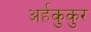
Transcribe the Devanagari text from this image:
अर्हकुकुर